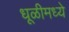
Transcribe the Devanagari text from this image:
धूळीमध्ये